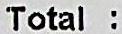
TOTAL :